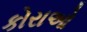
કોરાઓ